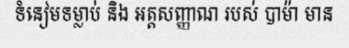
ទំនៀមទម្លាប់ និង អត្តសញ្ញាណ របស់ បាម៉ា មាន